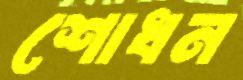
শোধন